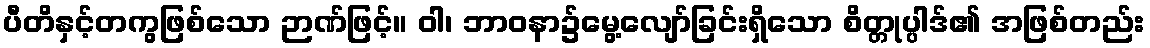
ပီတိနှင့်တကွဖြစ်သော ဉာဏ်ဖြင့်။ ဝါ၊ ဘာဝနာ၌မွေ့လျော်ခြင်းရှိသော စိတ္တုပ္ပါဒ်၏ အဖြစ်တည်း